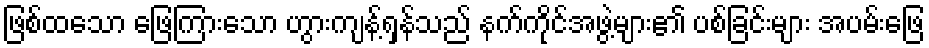
ဖြစ်ထသော ဖြေကြားသော ဟွားကျန့်ရှန်သည် နက်ကိုင်အဖွဲ့များ၏ ပစ်ခြင်းများ အပမ်းဖြေ